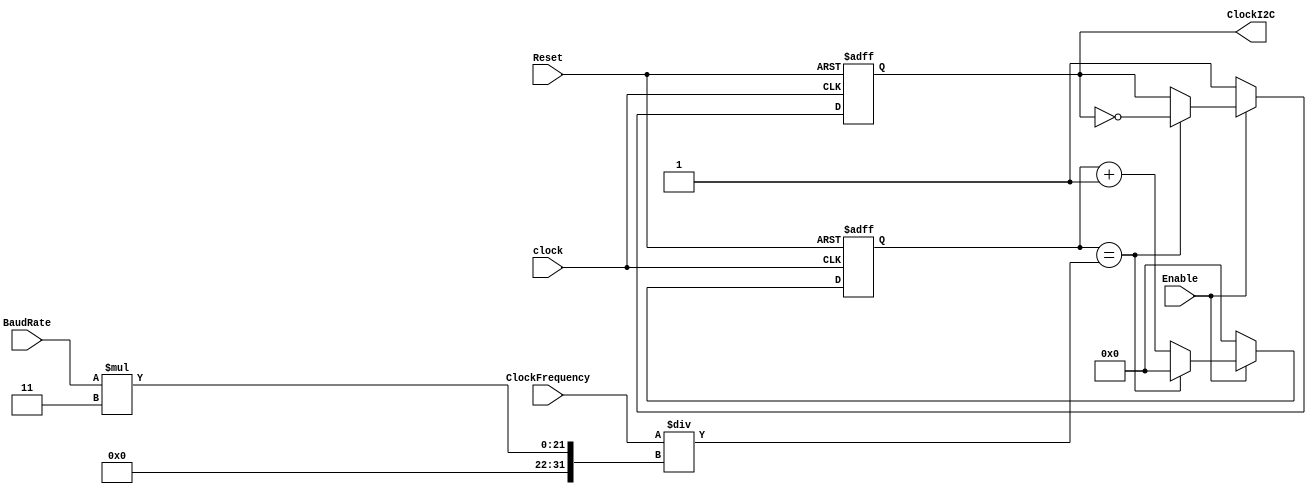
`timescale 1ns / 1ps
//////////////////////////////////////////////////////////////////////////////////
// Company:  		Rose-Hulman Institute of Technology
// Design Name: 	Baud Rate Generator
// Module Name:   BaudRateGeneratorI2C 
// Summary:			Generator Baud Rate at a frequency suitable for I2C.
//////////////////////////////////////////////////////////////////////////////////
module BaudRateGeneratorI2C(Enable, ClockI2C, Reset, clock, BaudRate, ClockFrequency);
	input [19:0] BaudRate;
	input [29:0] ClockFrequency;
	input clock, Reset, Enable;
	output reg ClockI2C;
	reg [15:0] baud_count;
	reg [15:0] counter;

	always @(posedge clock or posedge Reset)
		if (Reset == 1) begin baud_count <= 1'b0; ClockI2C <= 1'b1; end
		else if(Enable == 0) begin  baud_count <= 1'b0; ClockI2C <= 1'b1; end
		else if(baud_count == ClockFrequency/(BaudRate*3)) 
				begin
				baud_count <= 1'b0;
				ClockI2C <= ~ClockI2C;
				end
		else begin baud_count <= baud_count + 1'b1; end
endmodule